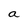
Character: a